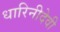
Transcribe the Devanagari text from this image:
धारिनीदेवी